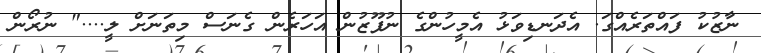
ނާޒުކު ފައްތަރެއްގަ. އެދަނޑިވަޅު އެމީހުންގެ ނުފޫޒުން އަހަރެން ގެނަސް މިތަނަށް ލީ...." ނުރޯން